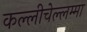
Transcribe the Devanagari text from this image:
कल्लीचेल्लम्मा